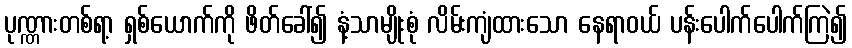
ပုဏ္ဏားတစ်ရာ့ ရှစ်ယောက်ကို ဖိတ်ခေါ်၍ နံ့သာမျိုးစုံ လိမ်းကျံထားသော နေရာဝယ် ပန်းပေါက်ပေါက်ကြဲ၍